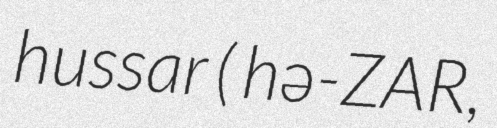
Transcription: hussar ( hə-ZAR,